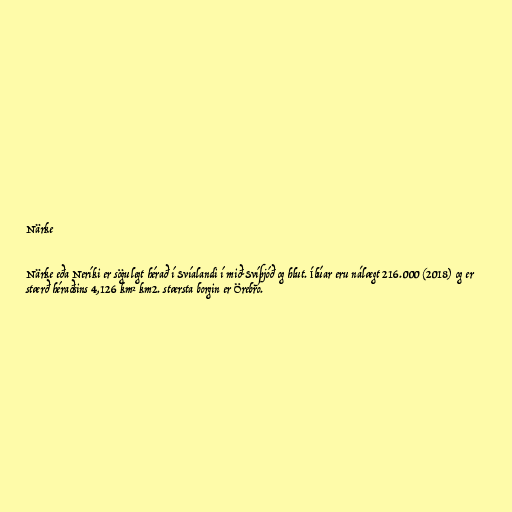
Närke

Närke eða Neríki er sögulegt hérað í Svíalandi í mið-Svíþjóð og hlut. Íbúar eru nálægt 216.000 (2018) og er
stærð héraðsins 4,126 km² km2. stærsta borgin er Örebro.